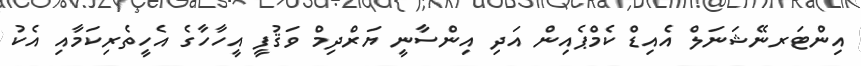
އިންޓަރނޭޝަނަލް އެއިޑް ކެމްޕެއިން އަދި އިންސާނީ ޔަރްދިމް ވަޤުފީ އީހާހާގެ އެހީތެރިކަމާއި އެކު